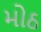
મોઠ